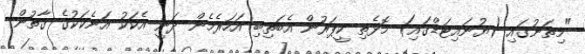
"މިތަނުގައި (ޔުނައިޓަޑްގައި) މޮޅެތި ކީޕަރުން އެބަތިބި އަހަރެމެން ދަނީ އެކަކު އަނެކަކުގެ ގާތުން